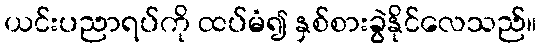
ယင်းပညာရပ်ကို ထပ်မံ၍ နှစ်စားခွဲနိုင်လေသည်။